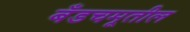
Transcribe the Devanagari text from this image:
बँडचमूतील